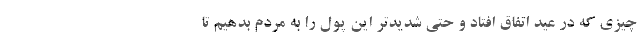
چیزی که در عید اتفاق افتاد و حتی شدیدتر این پول را به مردم بدهیم تا